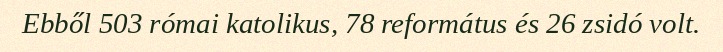
Ebből 503 római katolikus, 78 református és 26 zsidó volt.